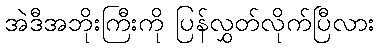
အဲဒီအဘိုးကြီးကို ပြန်လွှတ်လိုက်ပြီလား